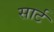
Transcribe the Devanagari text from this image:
सार्ट